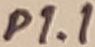
Text: P1.1